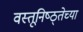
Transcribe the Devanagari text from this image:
वस्तूनिष्ठ्तेच्या